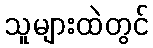
သူများထဲတွင်